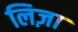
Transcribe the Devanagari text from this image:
लिज़ा